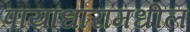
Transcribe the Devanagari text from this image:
पायाधारांमधील